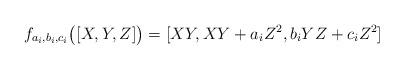
LaTeX: \begin{align*} f_{a_i,b_i,c_i}\bigl([X,Y,Z]\bigr)=[XY,XY+a_iZ^2,b_iYZ+c_iZ^2]\end{align*}